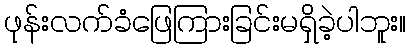
ဖုန်းလက်ခံဖြေကြားခြင်းမရှိခဲ့ပါဘူး။